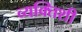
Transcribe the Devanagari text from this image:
व्यक्तिशी